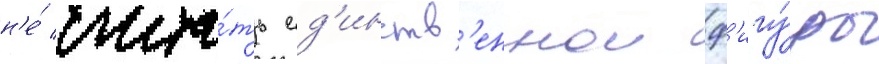
н'е́ счита́ть ед'инств'еннои ф'игу́ры